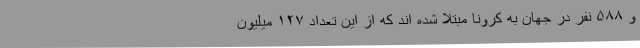
و ۵۸۸ نفر در جهان به کرونا مبتلا شده اند که از این تعداد ۱۲۷ میلیون